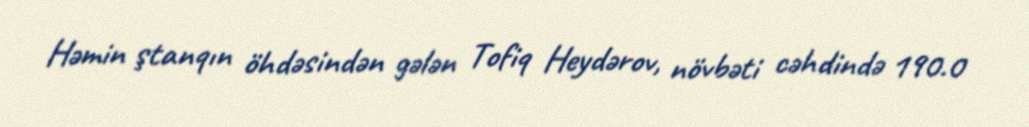
Həmin ştanqın öhdəsindən gələn Tofiq Heydərov, növbəti cəhdində 190.0